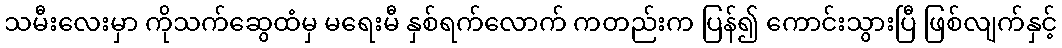
သမီးလေးမှာ ကိုသက်ဆွေထံမှ မရေးမီ နှစ်ရက်လောက် ကတည်းက ပြန်၍ ကောင်းသွားပြီ ဖြစ်လျက်နှင့်